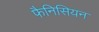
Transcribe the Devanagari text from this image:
फैनिसियन